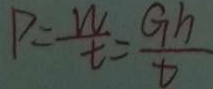
P = \frac { W } { t } = \frac { G h } { t }